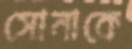
সোনাকে